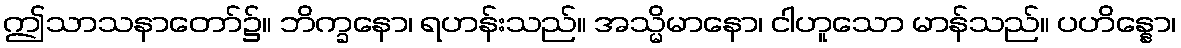
ဤသာသနာတော်၌။ ဘိက္ခနော၊ ရဟန်းသည်။ အသ္မိမာနော၊ ငါဟူသော မာန်သည်။ ပဟိန္နော၊